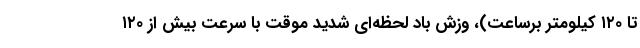
تا ۱۲۰ کیلومتر برساعت)، وزش باد لحظه‌ای شدید موقت با سرعت بیش از ۱۲۰